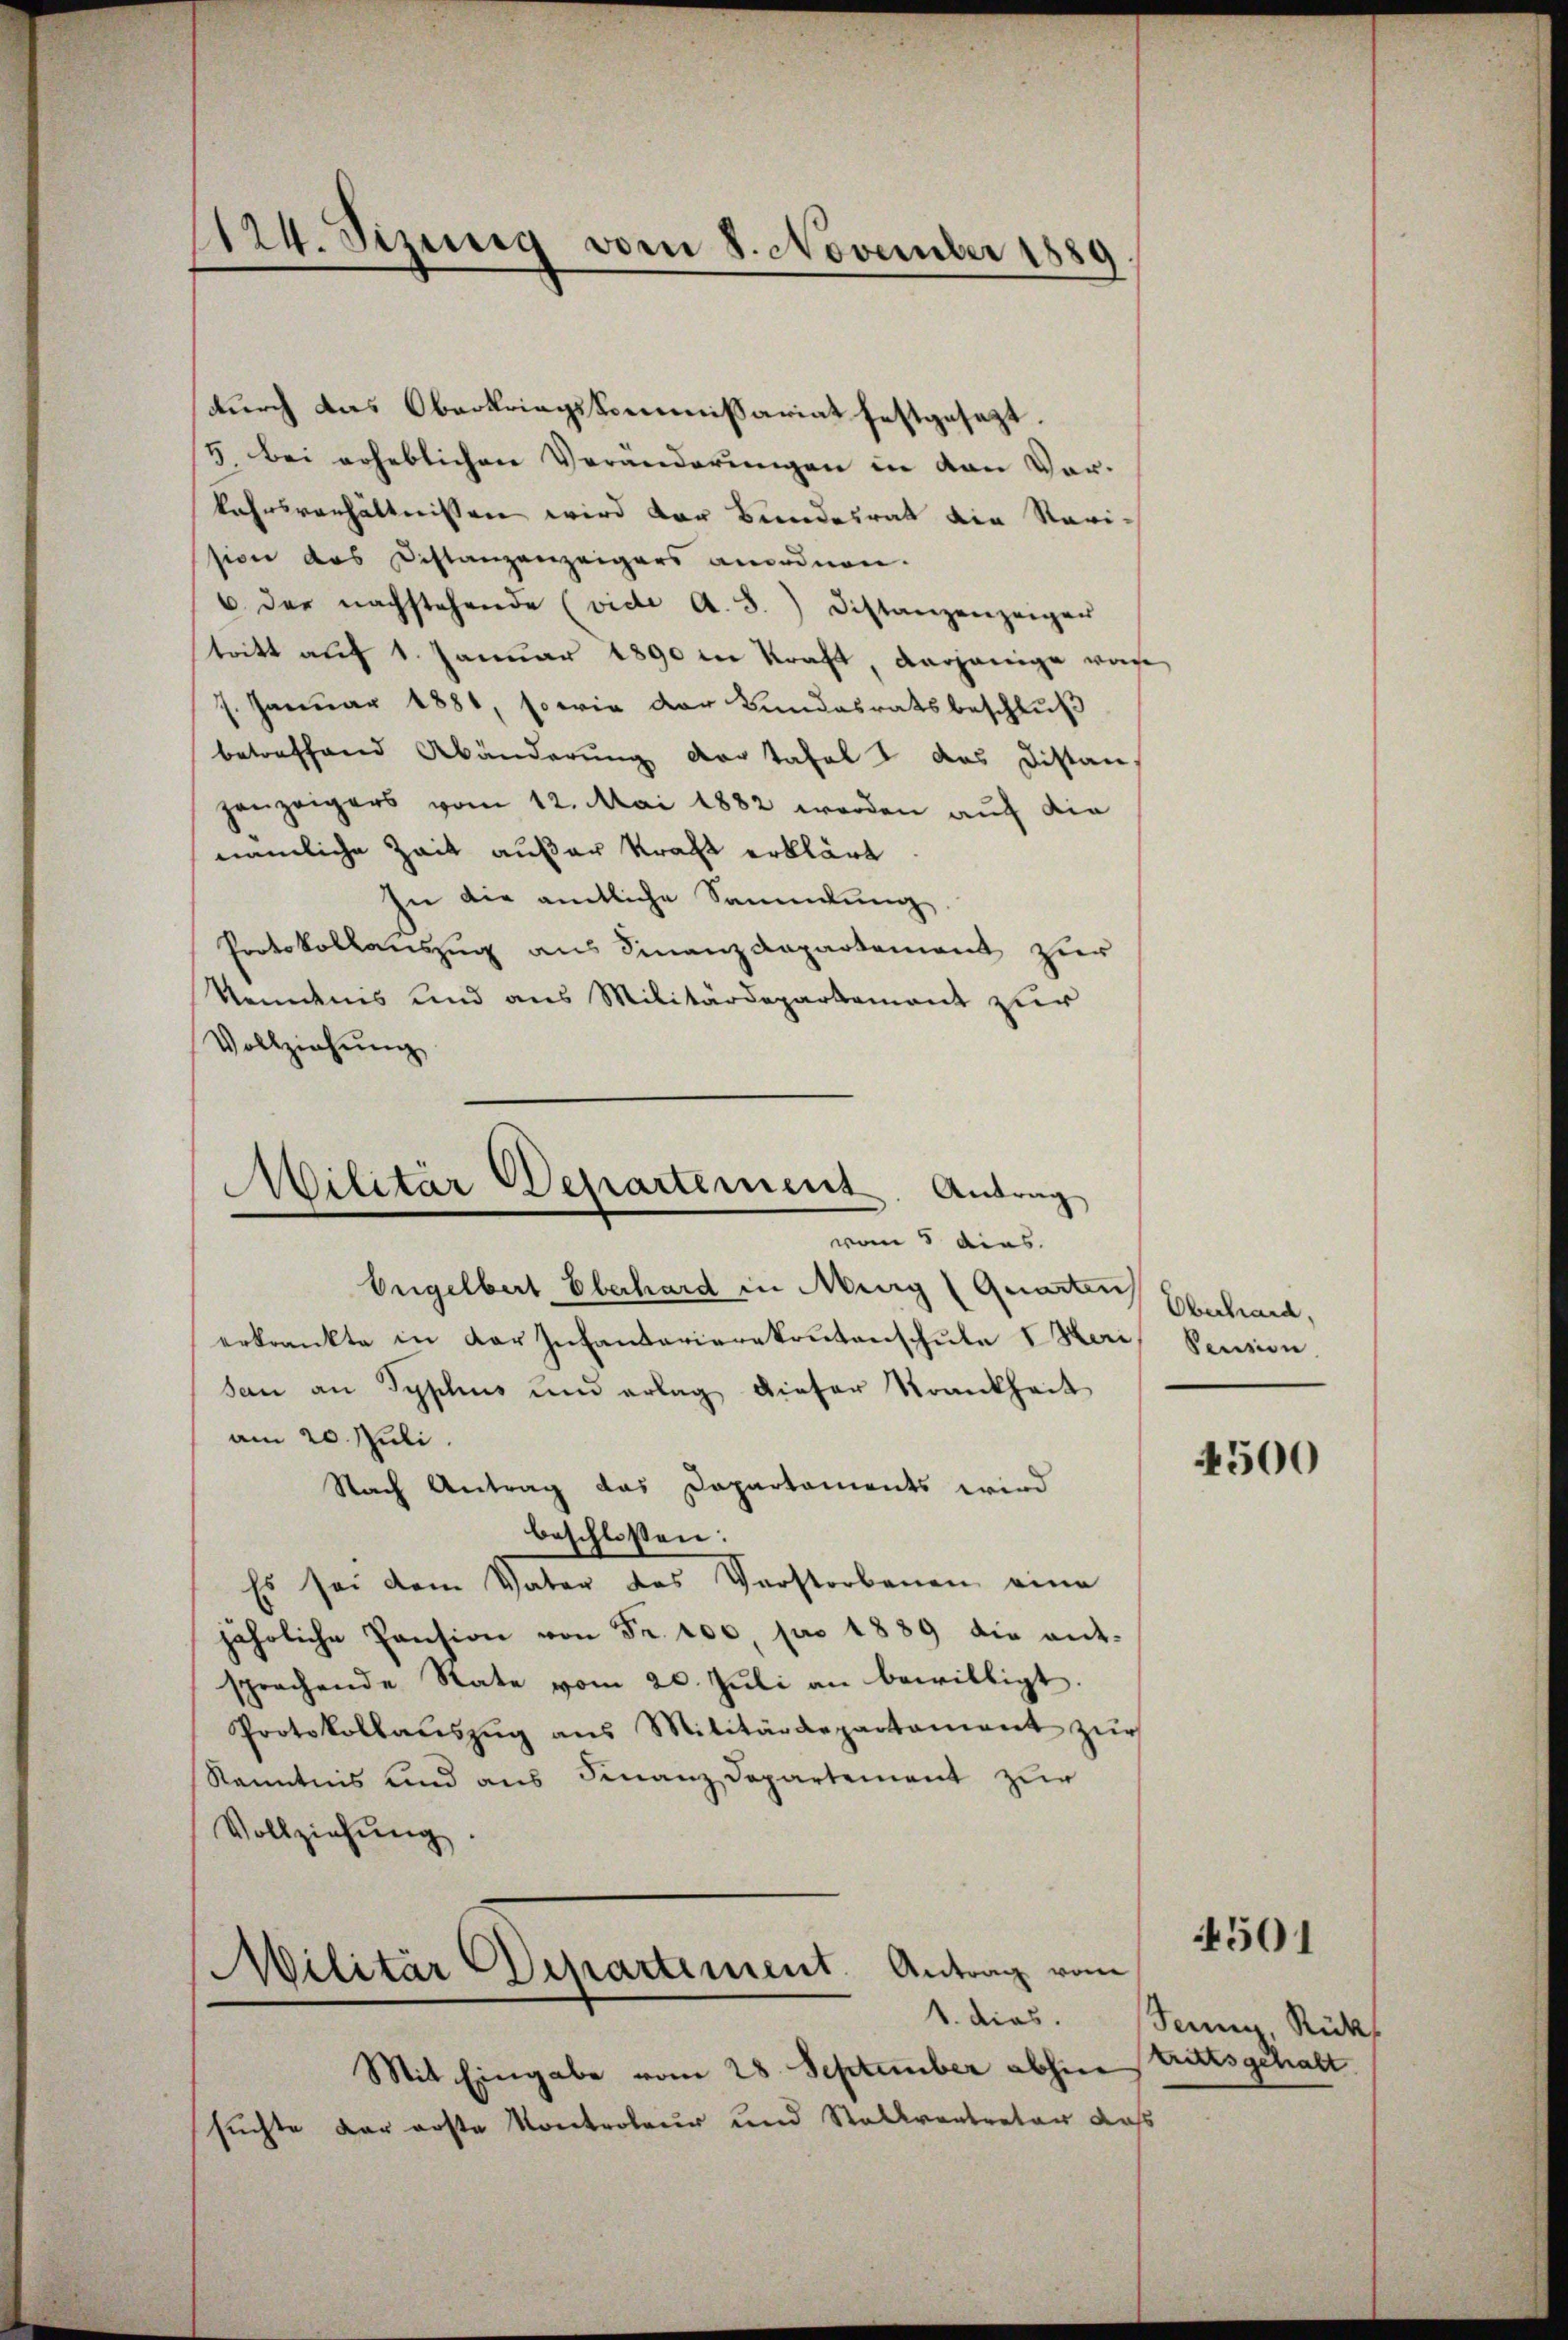
1124. Sizung vom 8. November 1889

durch das Oberkriegskommissariat festgesezt.
3 bei erheblichen Veränderungen in von Vor-
kahrsverhältnissen wird der Bundesrat die Vari-
sion des Distanzenzeigers anordnen.
6 der nachstehende (vide A. 3.) Distanzenzeigen
tritt auf 1. Januar 1890 in Kraft, derjenige was
7. Januar 1881, so wie der Bundesratsbeschluß
betreffend Abänderung der Tafel I des Distan
hanzeigers vom 12. Mai 1882 werden auf die
nämliche Zeit außer Kraft erklärt
In die amtliche Sammlung
Protokollauszug aus Finanzdepartement zur
Reidnis und aus Militärdepartement zur
Vollziehung

Militär Departement. Antrag
vom 5 dies

Engelbert Oberhard in Murg (Quarten
erkrankte in der Infantarierekrutenschule Seri, Pension
san an Syphus und erlag dieser Krankheit
am 20. Juli
Nach Antrag das Dapartaments wird
beschlossen:
Es sei dem Vater das Verstorbenen eine
jährliche Pension von Fr. 100, pro 1889 die ant-
sprechende Rate vom 20. Juli an bewilligt.
Protokollaŭszŭg ans Militärdepartament zŭr
Kenntnis und aus Finanz Departement zur
Vollziehŭng.
Militär Departement. Antrag vom
1. dies.
Mit Eingabe vom 28. September abhin trittsgehalt
suchte der erste Kontroleur und Stallvertreter das

Oberhard,

4500

Jenny, Rück¬

4501